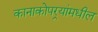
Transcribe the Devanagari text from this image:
कानाकोपर्‍यांमधील